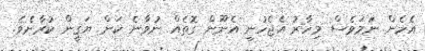
އެހެން ނަމަވެސް މިހާރު އެޖެހުނީ އެނޫން ގޮތެއް ނުވާނެ ކަން ޔަޤީން ކުރާށެވެ.